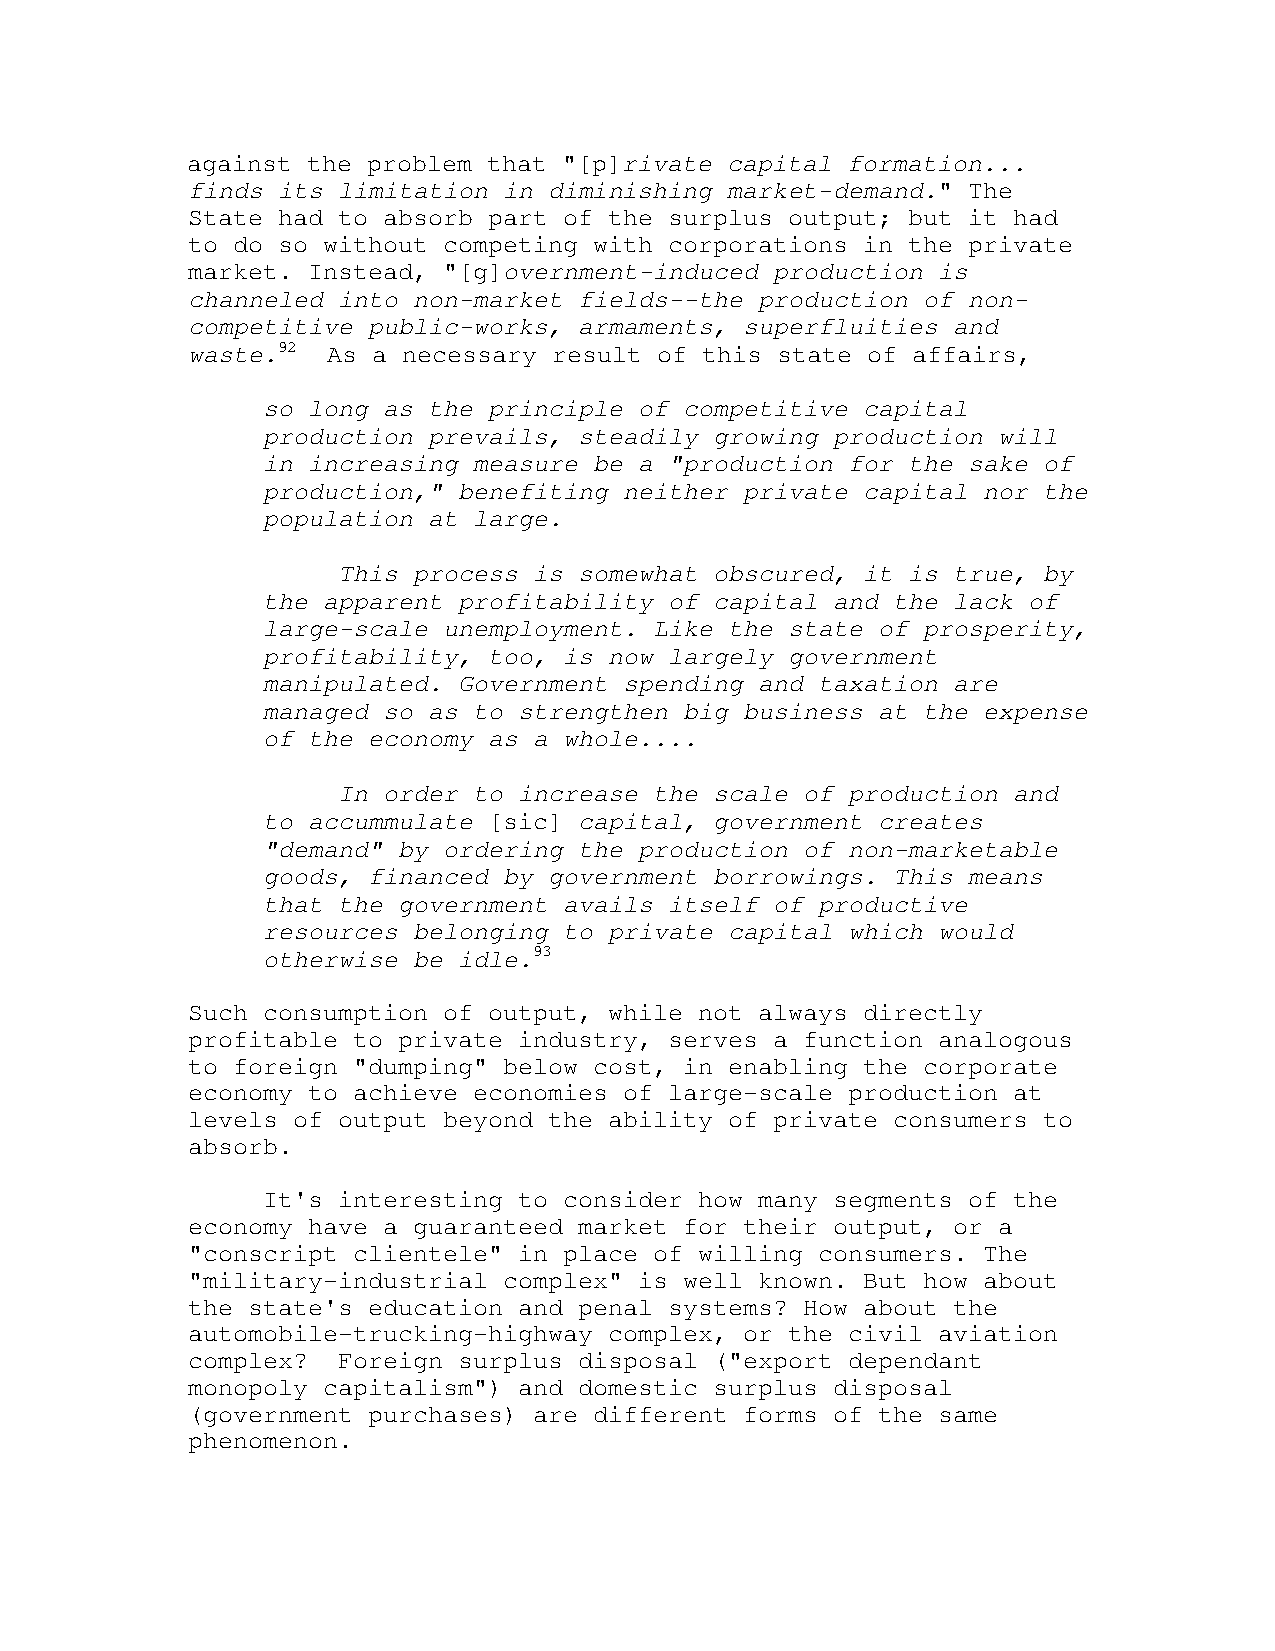
against the problem that "[p]rivate capital formation...
 finds its limitation in diminishing market-demand." The
 State had to absorb part of the surplus output; but it had
 to do so without competing with corporations in the private
 market. Instead, "[g]overnment-induced production is
 channeled into non-market fields--the production of non-
 competitive public-works, armaments, superfluities and
 waste.92  As a necessary result of this state of affairs,
 so long as the principle of competitive capital
 production prevails, steadily growing production will
 in increasing measure be a "production for the sake of
 production," benefiting neither private capital nor the
 population at large.
 This process is somewhat obscured, it is true, by
 the apparent profitability of capital and the lack of
 large-scale unemployment. Like the state of prosperity,
 profitability, too, is now largely government
 manipulated. Government spending and taxation are
 managed so as to strengthen big business at the expense
 of the economy as a whole....
 In order to increase the scale of production and
 to accummulate [sic] capital, government creates
 "demand" by ordering the production of non-marketable
 goods, financed by government borrowings. This means
 that the government avails itself of productive
 resources belonging to private capital which would
 otherwise be idle.93
 Such consumption of output, while not always directly
 profitable to private industry, serves a function analogous
 to foreign "dumping" below cost, in enabling the corporate
 economy to achieve economies of large-scale production at
 levels of output beyond the ability of private consumers to
 absorb.
 It's interesting to consider how many segments of the
 economy have a guaranteed market for their output, or a
 "conscript clientele" in place of willing consumers. The
 "military-industrial complex" is well known. But how about
 the state's education and penal systems? How about the
 automobile-trucking-highway complex, or the civil aviation
 complex?  Foreign surplus disposal ("export dependant
 monopoly capitalism") and domestic surplus disposal
 (government purchases) are different forms of the same
 phenomenon.